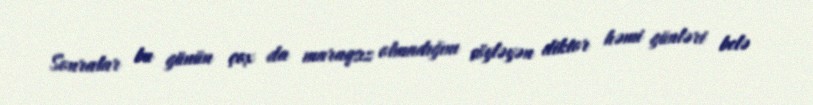
Sonralar bu günün çox da maraqsız olmadığını söyləyən diktor həmi günləri belə